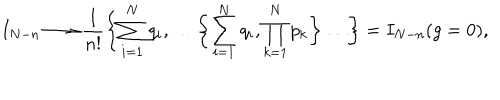
I _ { N - n } \longrightarrow \frac { 1 } { n ! } \biggl \{ \sum _ { i = 1 } ^ { N } q _ { i } , \dots \biggl \{ \sum _ { i = 1 } ^ { N } q _ { i } , \prod _ { k = 1 } ^ { N } p _ { k } \biggr \} \dots \biggr \} = I _ { N - n } ( g = 0 ) ,